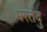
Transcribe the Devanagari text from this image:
भरतेंदु